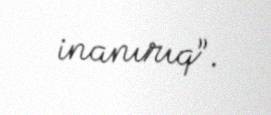
inanırıq”.